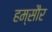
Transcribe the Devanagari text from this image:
हम्सौर